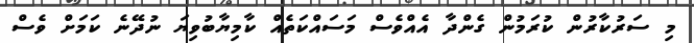
މި ސަރުކާރުން ކުރަމުން ގެންދާ އެއްވެސް މަސައްކަތެއް ކާމިޔާބުވިޔަ ނުދޭނެ ކަމަށް ވެސް